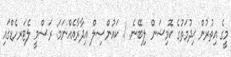
މީގެ އިތުރުން ޚިދުމަތުގެ ކޮމިޝަން ލިބޭނެ. 1. ކައުންސިލް އިދާރާއެއްނަމަ: ރަސްމީ ލެޓަރހެޑްގައި